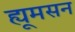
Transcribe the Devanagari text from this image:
ह्यूमसन